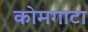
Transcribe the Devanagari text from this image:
कोमगाटा